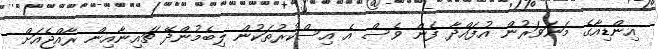
އިންޑިއާގެ މަނަވަރުން އުފައްދާ ފެން ވެސް އެ އިސްކުރުތަކުން ލިބެމުންދޭ ޗައިނާއިން ރާއްޖެއަށް